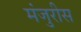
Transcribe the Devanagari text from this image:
मंजुरीस